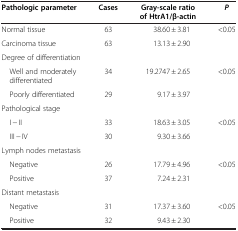
<table><thead><tr><td><b>Pathologic parameter</b></td><td><b>Cases</b></td><td><b>Gray-scale ratio of HtrA1/β-actin</b></td><td><b><i>P</i></b></td></tr></thead><tbody><tr><td>Normal tissue</td><td>63</td><td>38.60 ± 3.81</td><td rowspan="2">&lt;0.05</td></tr><tr><td>Carcinoma tissue</td><td>63</td><td>13.13 ± 2.90</td></tr><tr><td colspan="4">Degree of differentiation</td></tr><tr><td> Well and moderatelydifferentiated</td><td>34</td><td>19.2747 ± 2.65</td><td rowspan="2">&lt;0.05</td></tr><tr><td> Poorly differentiated</td><td>29</td><td>9.17 ± 3.97</td></tr><tr><td colspan="4">Pathological stage</td></tr><tr><td> I − II</td><td>33</td><td>18.63 ± 3.05</td><td rowspan="2">&lt;0.05</td></tr><tr><td> III − IV</td><td>30</td><td>9.30 ± 3.66</td></tr><tr><td colspan="4">Lymph nodes metastasis</td></tr><tr><td> Negative</td><td>26</td><td>17.79 ± 4.96</td><td rowspan="2">&lt;0.05</td></tr><tr><td> Positive</td><td>37</td><td>7.24 ± 2.31</td></tr><tr><td colspan="4">Distant metastasis</td></tr><tr><td> Negative</td><td>31</td><td>17.37 ± 3.60</td><td>&lt;0.05</td></tr><tr><td> Positive</td><td>32</td><td>9.43 ± 2.30</td><td>[EMPTY_CELL]</td></tr></tbody></table>